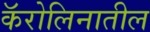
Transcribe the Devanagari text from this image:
कॅरोलिनातील